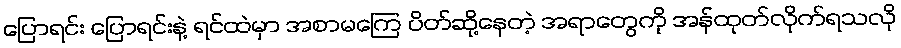
ပြောရင်း ပြောရင်းနဲ့ ရင်ထဲမှာ အစာမကြေ ပိတ်ဆို့နေတဲ့ အရာတွေကို အန်ထုတ်လိုက်ရသလို